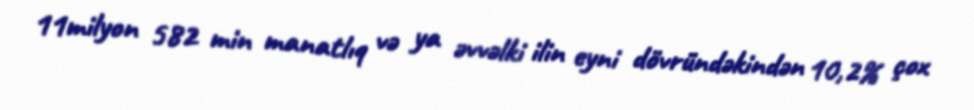
11milyon 582 min manatlıq və ya əvvəlki ilin eyni dövründəkindən 10,2% çox